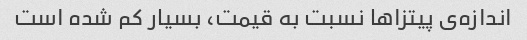
اندازه‌ی پیتزاها نسبت به قیمت، بسیار کم شده است